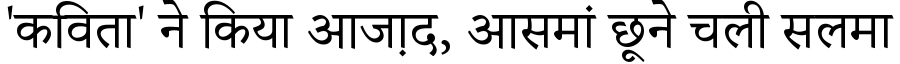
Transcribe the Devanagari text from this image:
'कविता' ने किया आजा़द, आसमां छूने चली सलमा